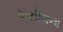
અસીલના